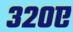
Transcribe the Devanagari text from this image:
३२०ए